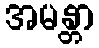
အမန္တာ